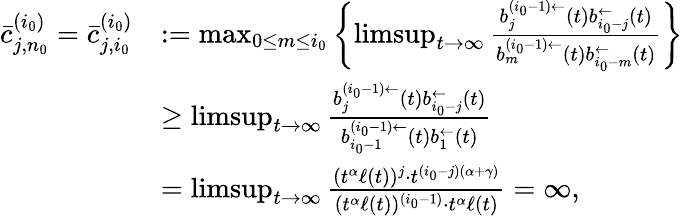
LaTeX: \begin{array}{rl}{\bar{c}_{j,n_{0}}^{(i_{0})}=\bar{c}_{j,i_{0}}^{(i_{0})}}&{:=\operatorname*{max}_{0\le m\le i_{0}}\left\{ \operatorname*{limsup}_{t\to\infty}\frac{b_{j}^{(i_{0}-1)\leftarrow}(t)b_{i_{0}-j}^{\leftarrow}(t)}{b_{m}^{(i_{0}-1)\leftarrow}(t)b_{i_{0}-m}^{\leftarrow}(t)}\right\} }\\ &{\ge\operatorname*{limsup}_{t\to\infty}\frac{b_{j}^{(i_{0}-1)\leftarrow}(t)b_{i_{0}-j}^{\leftarrow}(t)}{b_{i_{0}-1}^{(i_{0}-1)\leftarrow}(t)b_{1}^{\leftarrow}(t)}}\\ &{=\operatorname*{limsup}_{t\to\infty}\frac{(t^{\alpha}\ell(t))^{j}\cdot t^{(i_{0}-j)(\alpha+\gamma)}}{(t^{\alpha}\ell(t))^{(i_{0}-1)}\cdot t^{\alpha}\ell(t)}=\infty,}\end{array}